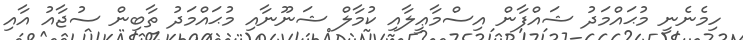
ހިމެނެނީ މުޙައްމަދު ޝައްފާން އިސްމާޢީލާއި ކުމާލް ޝަނޫނާއި މުޙައްމަދު ތާބިން ސުޖާއު އާއި